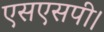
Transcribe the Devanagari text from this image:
एसएसपी।